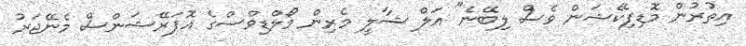
އިތުރުން މޮޑިފިކޭޝަން ވެސް ލިބޭނެ" އަލް ޝާލީ މެރިން މޯލްޑިވްސްގެ އޮޕަރޭޝަންސް މެނޭޖަރު